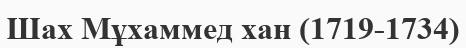
Шах Мұхаммед хан (1719-1734)